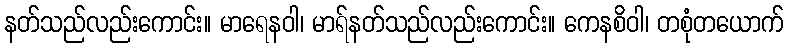
နတ်သည်လည်းကောင်း။ မာရေနဝါ၊ မာရ်နတ်သည်လည်းကောင်း။ ကေနစိဝါ၊ တစုံတယောက်